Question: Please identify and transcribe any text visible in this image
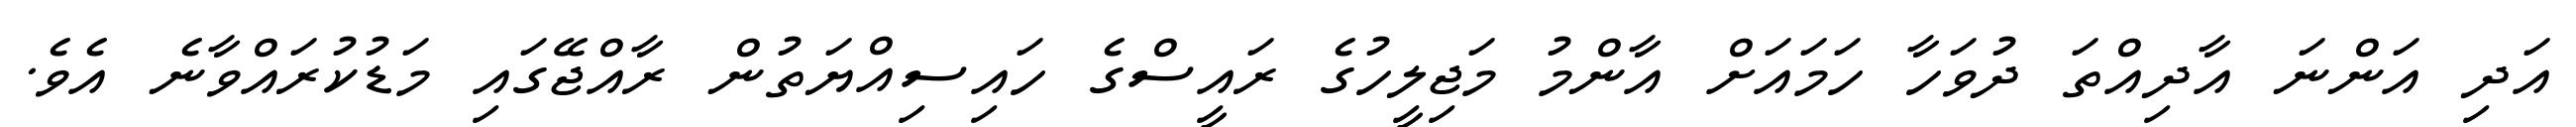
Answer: އަދި އަންނަ އާދިއްތަ ދުވަހާ ހަމައަށް އާންމު މަޖިލީހުގެ ރައީސްގެ ހައިސިއްޔަތުން ރާއްޖޭގައި މަޑުކުރައްވާނެ އެވެ.